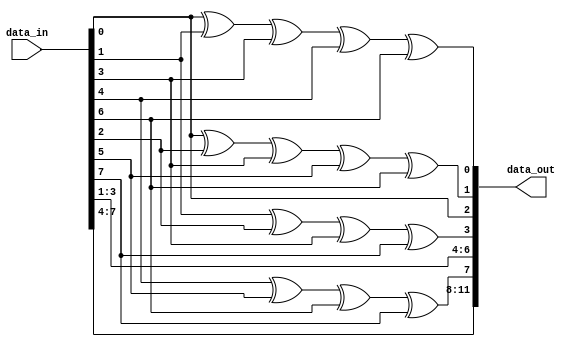
`timescale 1ns / 1ps

module hamming_encoder(
    input wire [7:0] data_in, // 8-bit input data
    output wire [11:0] data_out // 12-bit Hamming code output
);

    //initialize parity bits
    wire p1, p2, p4, p8;

    // Calculate parity bits using XOR
    assign p1 = data_in[0] ^ data_in[1] ^ data_in[3] ^ data_in[4] ^ data_in[6];
    assign p2 = data_in[0] ^ data_in[2] ^ data_in[3] ^ data_in[5] ^ data_in[6];
    assign p4 = data_in[1] ^ data_in[2] ^ data_in[3] ^ data_in[7];
    assign p8 = data_in[4] ^ data_in[5] ^ data_in[6] ^ data_in[7];

    // Combine parity and data bits into Hamming code
    assign data_out = {data_in[7], data_in[6], data_in[5], data_in[4], p8, data_in[3], data_in[2], data_in[1], p4, data_in[0], p2, p1};

endmodule



module hamming_decoder (
    input wire [11:0] data_in, // 12-bit Hamming code input
    output wire [7:0] data_out, // 8-bit corrected data output
    output wire error // Error detected
);

    wire p1, p2, p4, p8;
    wire s1, s2, s4, s8;
    wire [3:0] syndrome;
    reg [11:0] corrected_data;

    // Extract parity bits
    assign p1 = data_in[0];
    assign p2 = data_in[1];
    assign p4 = data_in[3];
    assign p8 = data_in[7];

    // Calculate syndrome bits
    assign s1 = data_in[0] ^ data_in[2] ^ data_in[4] ^ data_in[6] ^ data_in[8] ^ data_in[10];
    assign s2 = data_in[1] ^ data_in[2] ^ data_in[5] ^ data_in[6] ^ data_in[9] ^ data_in[10];
    assign s4 = data_in[3] ^ data_in[4] ^ data_in[5] ^ data_in[6] ^ data_in[11];
    assign s8 = data_in[7] ^ data_in[8] ^ data_in[9] ^ data_in[10] ^ data_in[11];
    
    //make syndrome array of bits
    assign syndrome = {s8, s4, s2, s1};

    always @(*) begin
        corrected_data = data_in;

        // If syndrome is nonzero, correct error
        if (syndrome != 4'b0000) begin
            corrected_data[syndrome-1] = ~corrected_data[syndrome-1];
        end
    end

    // Extract corrected data bits
    assign data_out = {corrected_data[11], corrected_data[10], corrected_data[9], corrected_data[8], corrected_data[6], corrected_data[5], corrected_data[4], corrected_data[2]};
    assign error = (syndrome != 4'b0000);

endmodule